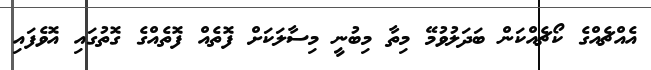
އެއްޗެއްގެ ކޯޗެއްކަން ބަދަލުވުމޭ މިތާ މިބުނީ މިސާލަކަށް ފޮތެއް ފޮތެއްގެ ގޮތުގައި އޮވެފައި